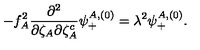
- f _ { A } ^ { 2 } { \frac { \partial ^ { 2 } } { \partial \zeta _ { A } \partial \zeta _ { A } ^ { c } } } \psi _ { + } ^ { A , ( 0 ) } = \lambda ^ { 2 } \psi _ { + } ^ { A , ( 0 ) } .